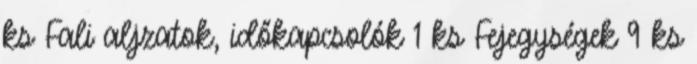
ks Fali aljzatok, időkapcsolók 1 ks Fejegységek 9 ks